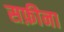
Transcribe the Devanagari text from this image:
सफ़ीना